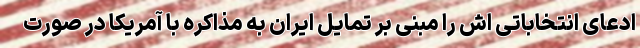
ادعای انتخاباتی اش را مبنی بر تمایل ایران به مذاکره با آمریکا در صورت